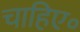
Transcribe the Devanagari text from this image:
चाहिए॰